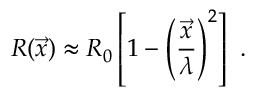
R ( \vec { x } ) \approx R _ { 0 } \left[ 1 - \left( \frac { \vec { x } } { \lambda } \right) ^ { 2 } \right] \ .